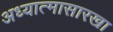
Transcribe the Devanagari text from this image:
अध्यात्मासारखा